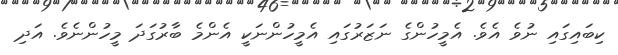
ކިބައިގައި ނުވެ އެވެ. އެމީހުންގެ ނަޒަރުގައި އެމީހުންނަކީ އެންމެ ބާރުގަދަ މީހުންނެވެ. އަދި